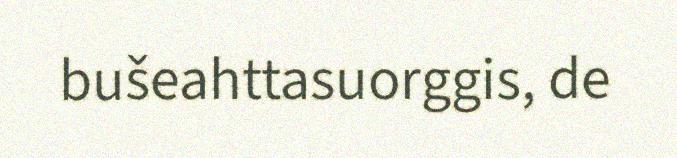
bušeahttasuorggis, de